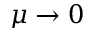
\mu \to 0